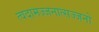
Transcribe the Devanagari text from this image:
त्वदामज्जनात्सज्जनो